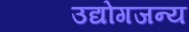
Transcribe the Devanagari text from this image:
उद्योगजन्य